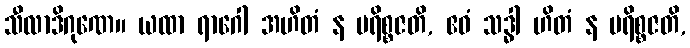
သီလာဒိဂုဏေ။ ယထာ ရာဂေါ အဟိတံ န ပရိစ္စဇတိ, ဧဝံ သဒ္ဓါ ဟိတံ န ပရိစ္စဇတိ,